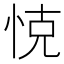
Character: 𢚛